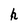
Character: h